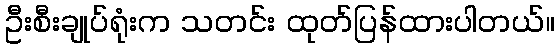
ဦးစီးချုပ်ရုံးက သတင်း ထုတ်ပြန်ထားပါတယ်။